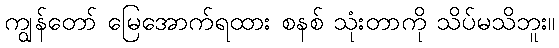
ကျွန်တော် မြေအောက်ရထား စနစ် သုံးတာကို သိပ်မသိဘူး။